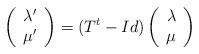
LaTeX: \begin{align*}\left(\begin{array}{c}\lambda' \\\mu'\end{array}\right) =(T^{t} - Id) \left(\begin{array}{c}\lambda \\\mu\end{array}\right)\end{align*}